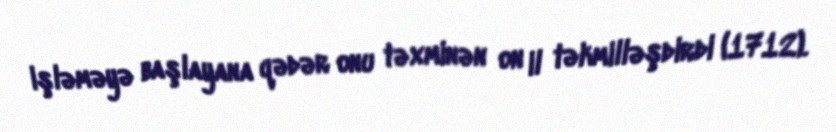
işləməyə başlayana qədər onu təxminən on il təkmilləşdirdi (1712).